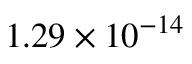
1 . 2 9 \times 1 0 ^ { - 1 4 }